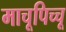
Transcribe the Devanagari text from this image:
माचूपिच्चू